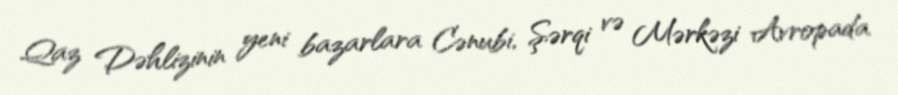
Qaz Dəhlizinin yeni bazarlara Cənubi, Şərqi və Mərkəzi Avropada